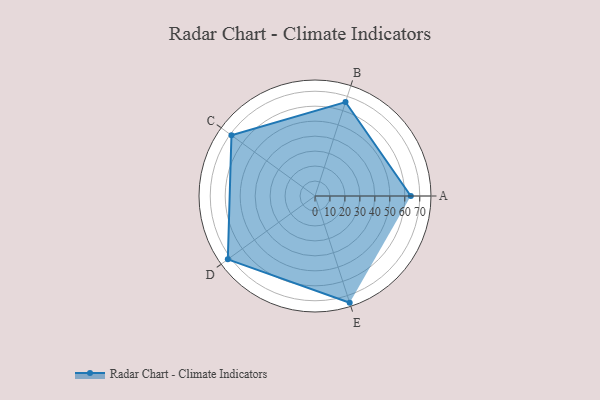
{"axis": {"x": "Skill", "y": "Score"}, "legend": ["Profile"], "data": [{"x": "A", "y": 64.0, "type": "Profile"}, {"x": "B", "y": 66.0, "type": "Profile"}, {"x": "C", "y": 69.0, "type": "Profile"}, {"x": "D", "y": 72.0, "type": "Profile"}, {"x": "E", "y": 75.0, "type": "Profile"}]}